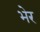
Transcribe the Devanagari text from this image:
भेर